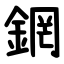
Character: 龬